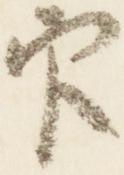
官